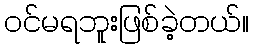
ဝင်မရဘူးဖြစ်ခဲ့တယ်။